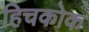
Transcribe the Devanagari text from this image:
हिचकोक